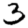
Digit: 3